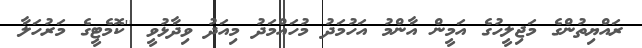
ރައްޔިތުންގެ މަޖިލީހުގެ އަމީން އާންމު އަހުމަދު މުހައްމަދު މިއަދު ވިދާޅުވީ ''ކޮމެޓީގެ މަރުހަލާ